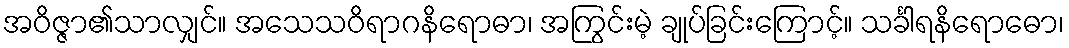
အဝိဇ္ဇာ၏သာလျှင်။ အသေသဝိရာဂနိရောဓာ၊ အကြွင်းမဲ့ ချုပ်ခြင်းကြောင့်။ သင်္ခါရနိရောဓော၊